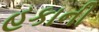
હકાની